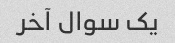
یک سوال آخر